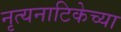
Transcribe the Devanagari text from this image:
नृत्यनाटिकेच्या